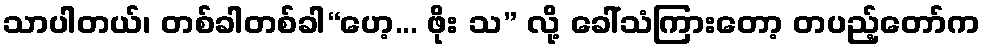
သာပါတယ်၊ တစ်ခါတစ်ခါ“ဟေ့... ဖိုး သ” လို့ ခေါ်သံကြားတော့ တပည့်တော်က